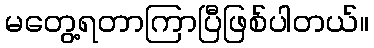
မတွေ့ရတာကြာပြီဖြစ်ပါတယ်။